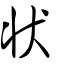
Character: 狀